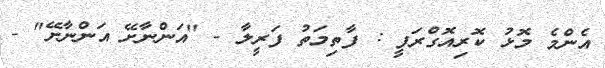
އެންމެ މޮޅު ކޮރިއޮގްރަފީ : ފާތިމަތު ފަރީލާ - "އަންނާށޭ އަންނާށޭ" -